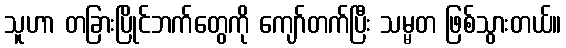
သူဟာ တခြားပြိုင်ဘက်တွေကို ကျော်တက်ပြီး သမ္မတ ဖြစ်သွားတယ်။